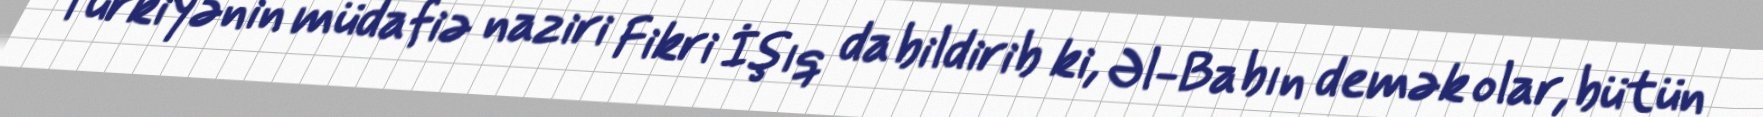
Türkiyənin müdafiə naziri Fikri İşıq da bildirib ki, Əl-Babın demək olar, bütün